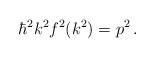
\begin{align*}\hbar^2 k^2 f^2(k^2) = p^2 \, .\end{align*}